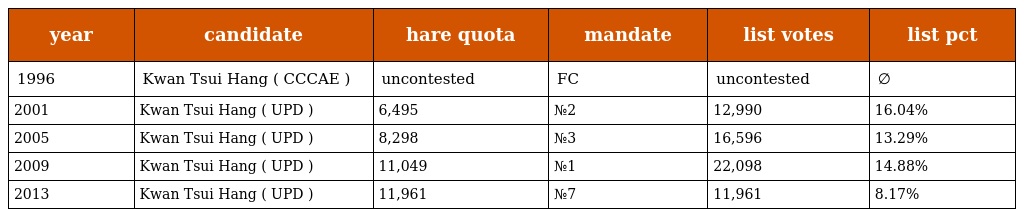
| year | candidate | hare quota | mandate | list votes | list pct |
 | --- | --- | --- | --- | --- | --- |
 | 1996 | Kwan Tsui Hang ( CCCAE ) | uncontested | FC | uncontested | ∅ |
 | 2001 | Kwan Tsui Hang ( UPD ) | 6,495 | №2 | 12,990 | 16.04% |
 | 2005 | Kwan Tsui Hang ( UPD ) | 8,298 | №3 | 16,596 | 13.29% |
 | 2009 | Kwan Tsui Hang ( UPD ) | 11,049 | №1 | 22,098 | 14.88% |
 | 2013 | Kwan Tsui Hang ( UPD ) | 11,961 | №7 | 11,961 | 8.17% |